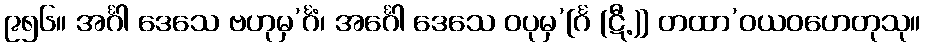
၉၅၆။ အင်္ဂါ ဒေသေ ဗဟုမှ’င်္ဂံ၊ အင်္ဂေါ ဒေသေ ဝပုမှ’[င်္ဂ (ဋီ.)] တထာ’ဝယဝဟေတုသု။